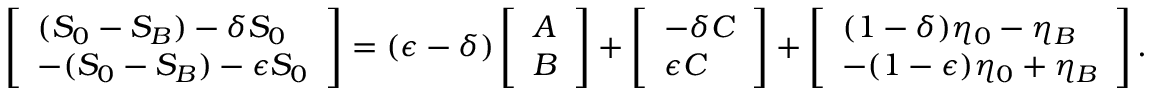
\left[ \begin{array} { l } { ( S _ { 0 } - S _ { B } ) - \delta S _ { 0 } } \\ { - ( S _ { 0 } - S _ { B } ) - \epsilon S _ { 0 } } \end{array} \right] = ( \epsilon - \delta ) \left[ \begin{array} { l } { A } \\ { B } \end{array} \right] + \left[ \begin{array} { l } { - \delta C } \\ { \epsilon C } \end{array} \right] + \left[ \begin{array} { l } { ( 1 - \delta ) \eta _ { 0 } - \eta _ { B } } \\ { - ( 1 - \epsilon ) \eta _ { 0 } + \eta _ { B } } \end{array} \right] .